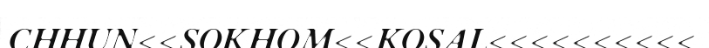
CHHUN<<SOKHOM<<KOSAL<<<<<<<<<<